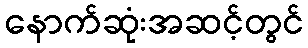
နောက်ဆုံးအဆင့်တွင်